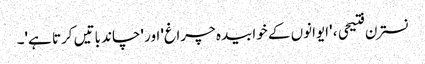
نسترن فتیحی ، 'ایوانوں کے خوابیدہ چراغ' اور 'چاند باتیں کرتا ہے'۔